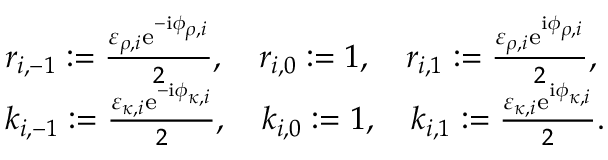
\begin{array} { r l } & { r _ { i , - 1 } : = \frac { \varepsilon _ { \rho , i } \mathrm { e } ^ { - \mathrm { i } \phi _ { \rho , i } } } { 2 } , \quad r _ { i , 0 } : = 1 , \quad r _ { i , 1 } : = \frac { \varepsilon _ { \rho , i } \mathrm { e } ^ { \mathrm { i } \phi _ { \rho , i } } } { 2 } , } \\ & { k _ { i , - 1 } : = \frac { \varepsilon _ { \kappa , i } \mathrm { e } ^ { - \mathrm { i } \phi _ { \kappa , i } } } { 2 } , \quad k _ { i , 0 } : = 1 , \quad k _ { i , 1 } : = \frac { \varepsilon _ { \kappa , i } \mathrm { e } ^ { \mathrm { i } \phi _ { \kappa , i } } } { 2 } . } \end{array}